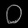
Digit: ၀